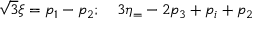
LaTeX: \sqrt { 3 } \xi = p _ { 1 } - p _ { 2 } ; \quad 3 \eta _ { = } - 2 p _ { 3 } + p _ { i } + p _ { 2 }